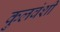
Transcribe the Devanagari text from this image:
कुलवंशी